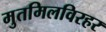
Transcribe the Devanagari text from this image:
मुतमिलविरहर